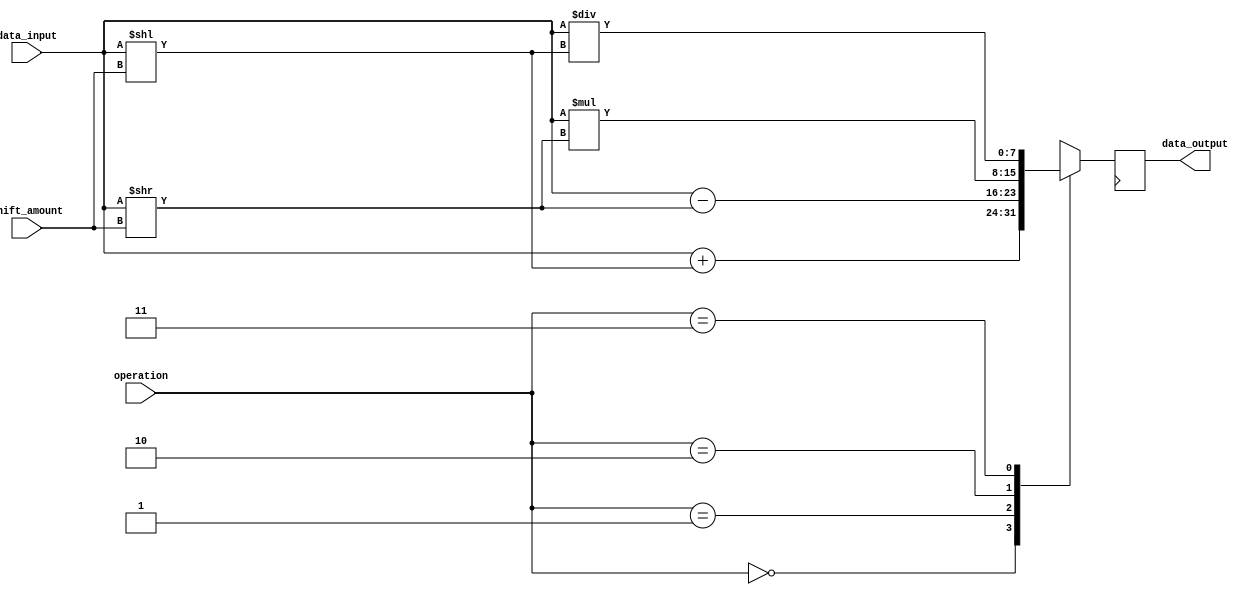
module CircularBarrelShifter (
    input [7:0] data_input,
    input [3:0] shift_amount,
    input [1:0] operation,
    output reg [7:0] data_output
);

reg [7:0] shifted_data;

always @(*) begin
    case(operation)
        2'b00: shifted_data = data_input + (data_input << shift_amount);
        2'b01: shifted_data = data_input - (data_input >> shift_amount);
        2'b10: shifted_data = data_input * (data_input >> shift_amount);
        2'b11: shifted_data = data_input / (data_input << shift_amount);
    endcase
end

always @(posedge clk) begin
    data_output <= shifted_data;
end

endmodule